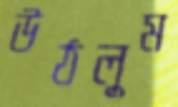
উঠলুম